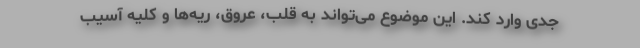
جدی وارد کند. این موضوع می‌تواند به قلب، عروق، ریه‌ها و کلیه آسیب